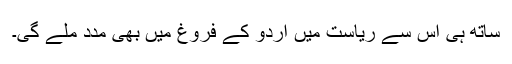
ساتھ ہی اس سے ریاست میں اردو کے فروغ میں بھی مدد ملے گی۔